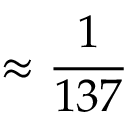
\approx \frac { 1 } { 1 3 7 }